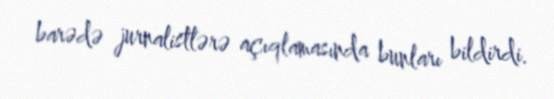
barədə jurnalistlərə açıqlamasında bunları bildirdi.